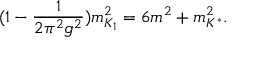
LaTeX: ( 1 - { \frac { 1 } { 2 \pi ^ { 2 } g ^ { 2 } } } ) m _ { K _ { 1 } } ^ { 2 } = 6 m ^ { 2 } + m _ { K ^ { * } } ^ { 2 } .